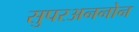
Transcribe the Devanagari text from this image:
सुपरअननोन